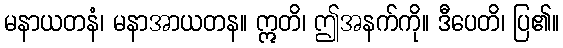
မနာယတနံ၊ မနာအာယတန။ ဣတိ၊ ဤအနက်ကို။ ဒီပေတိ၊ ပြ၏။